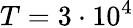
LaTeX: T=3\cdot 10^{4}